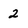
Character: 2